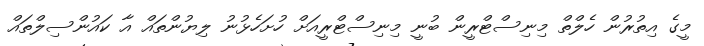
މީގެ އިތުރުން ހެލްތް މިނިސްޓްރީން ބުނީ މިނިސްޓްރީއަށް ހުށަހެޅުނު ލިޔުންތައް އާ ކައުންސިލްތައް